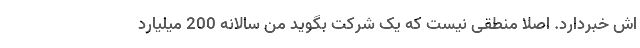
اش خبردارد. اصلاً منطقی نیست که یک شرکت بگوید من سالانه 200 میلیارد